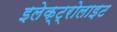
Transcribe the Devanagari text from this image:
इलेक्‍ट्रोलाइट